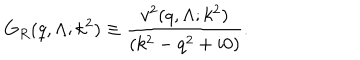
G _ { R } ( q , \Lambda ; k ^ { 2 } ) \equiv \frac { v ^ { 2 } ( q , \Lambda ; k ^ { 2 } ) } { ( k ^ { 2 } - q ^ { 2 } + i 0 ) } .